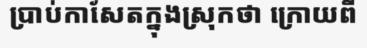
ប្រាប់កាសែតក្នុងស្រុកថា ក្រោយពី